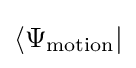
\langle \Psi _{\rm {motion}}\vert